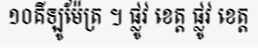
១០គីឡូម៉ែត្រ ។ ផ្លូវ ខេត្ត ផ្លូវ ខេត្ត